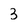
Character: 3